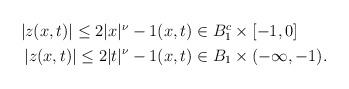
LaTeX: \begin{align*} \begin{aligned} |z(x,t)|\leq 2|x|^{\nu}-1 & (x,t) \in B_1^c \times [-1,0] \\ |z(x,t)|\leq 2|t|^{\nu}-1 & (x,t) \in B_1 \times (-\infty,-1). \end{aligned} \end{align*}